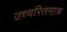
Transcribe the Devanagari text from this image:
उच्चरितमात्र